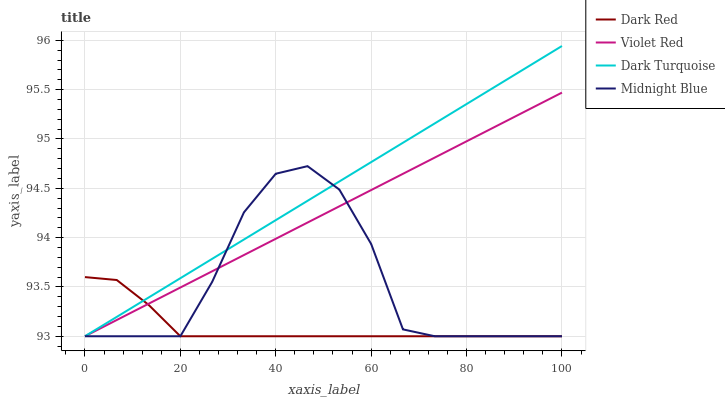
| xaxis_label | Dark Red | Violet Red | Dark Turquoise | Midnight Blue |
 | --- | --- | --- | --- | --- |
 | 0 | 93.6 | 93 | 93 | 93 |
 | 6.67 | 93.6 | 93.2 | 93.2 | 93 |
 | 13.3 | 93.3 | 93.3 | 93.4 | 93 |
 | 20 | 93 | 93.5 | 93.6 | 93 |
 | 26.7 | 93 | 93.7 | 93.8 | 93.6 |
 | 33.3 | 93 | 93.8 | 94 | 94.3 |
 | 40 | 93 | 94 | 94.2 | 94.6 |
 | 46.7 | 93 | 94.2 | 94.4 | 94.7 |
 | 53.3 | 93 | 94.3 | 94.6 | 94.5 |
 | 60 | 93 | 94.5 | 94.8 | 93.9 |
 | 66.7 | 93 | 94.6 | 95 | 93.1 |
 | 73.3 | 93 | 94.8 | 95.2 | 93 |
 | 80 | 93 | 95 | 95.4 | 93 |
 | 86.7 | 93 | 95.1 | 95.5 | 93 |
 | 93.3 | 93 | 95.3 | 95.7 | 93 |
 | 100 | 93 | 95.5 | 95.9 | 93 |